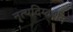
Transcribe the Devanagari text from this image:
नृ्त्यदिग्दर्शन